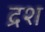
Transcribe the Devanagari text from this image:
द्रश